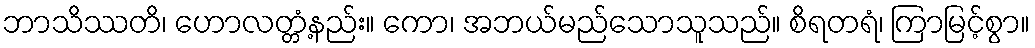
ဘာသိဿတိ၊ ဟောလတ္တံ့နည်း။ ကော၊ အဘယ်မည်သောသူသည်။ စိရတရံ၊ ကြာမြင့်စွာ။